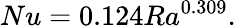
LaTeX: Nu=0.124Ra^{0.309}.